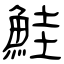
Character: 鮭